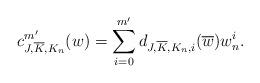
LaTeX: \begin{align*} c^{m'}_{J, \overline{K}, K_n}(w) = \sum_{i = 0}^{m'} d_{J, \overline{K}, K_n, i}(\overline{w})w_n^i.\end{align*}